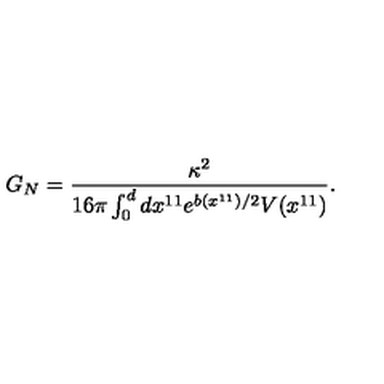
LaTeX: G _ { N } = \frac { \kappa ^ { 2 } } { 1 6 \pi \int _ { 0 } ^ { d } d x ^ { 1 1 } e ^ { b ( x ^ { 1 1 } ) / 2 } V ( x ^ { 1 1 } ) } .